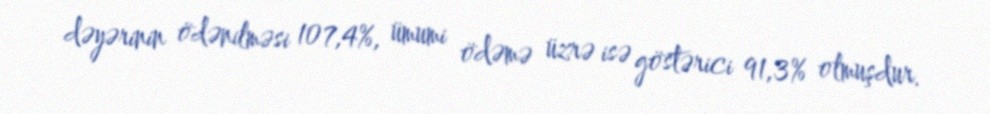
dəyərinin ödənilməsi 107,4%, ümumi ödəmə üzrə isə göstərici 91,3% olmuşdur.